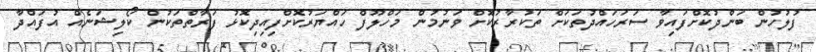
ފުލުހުން ބަންދުކޮށްފައިވާ ސަރަހައްދުތަކަށް ތަކުރާރުކޮށް ވަނުމުން މަހްލޫފް ހައްޔަރުކޮށްފިއިދިކޮޅު ފަރާތްތަކުން ކޯލިޝަނެއް އުފައްދާ